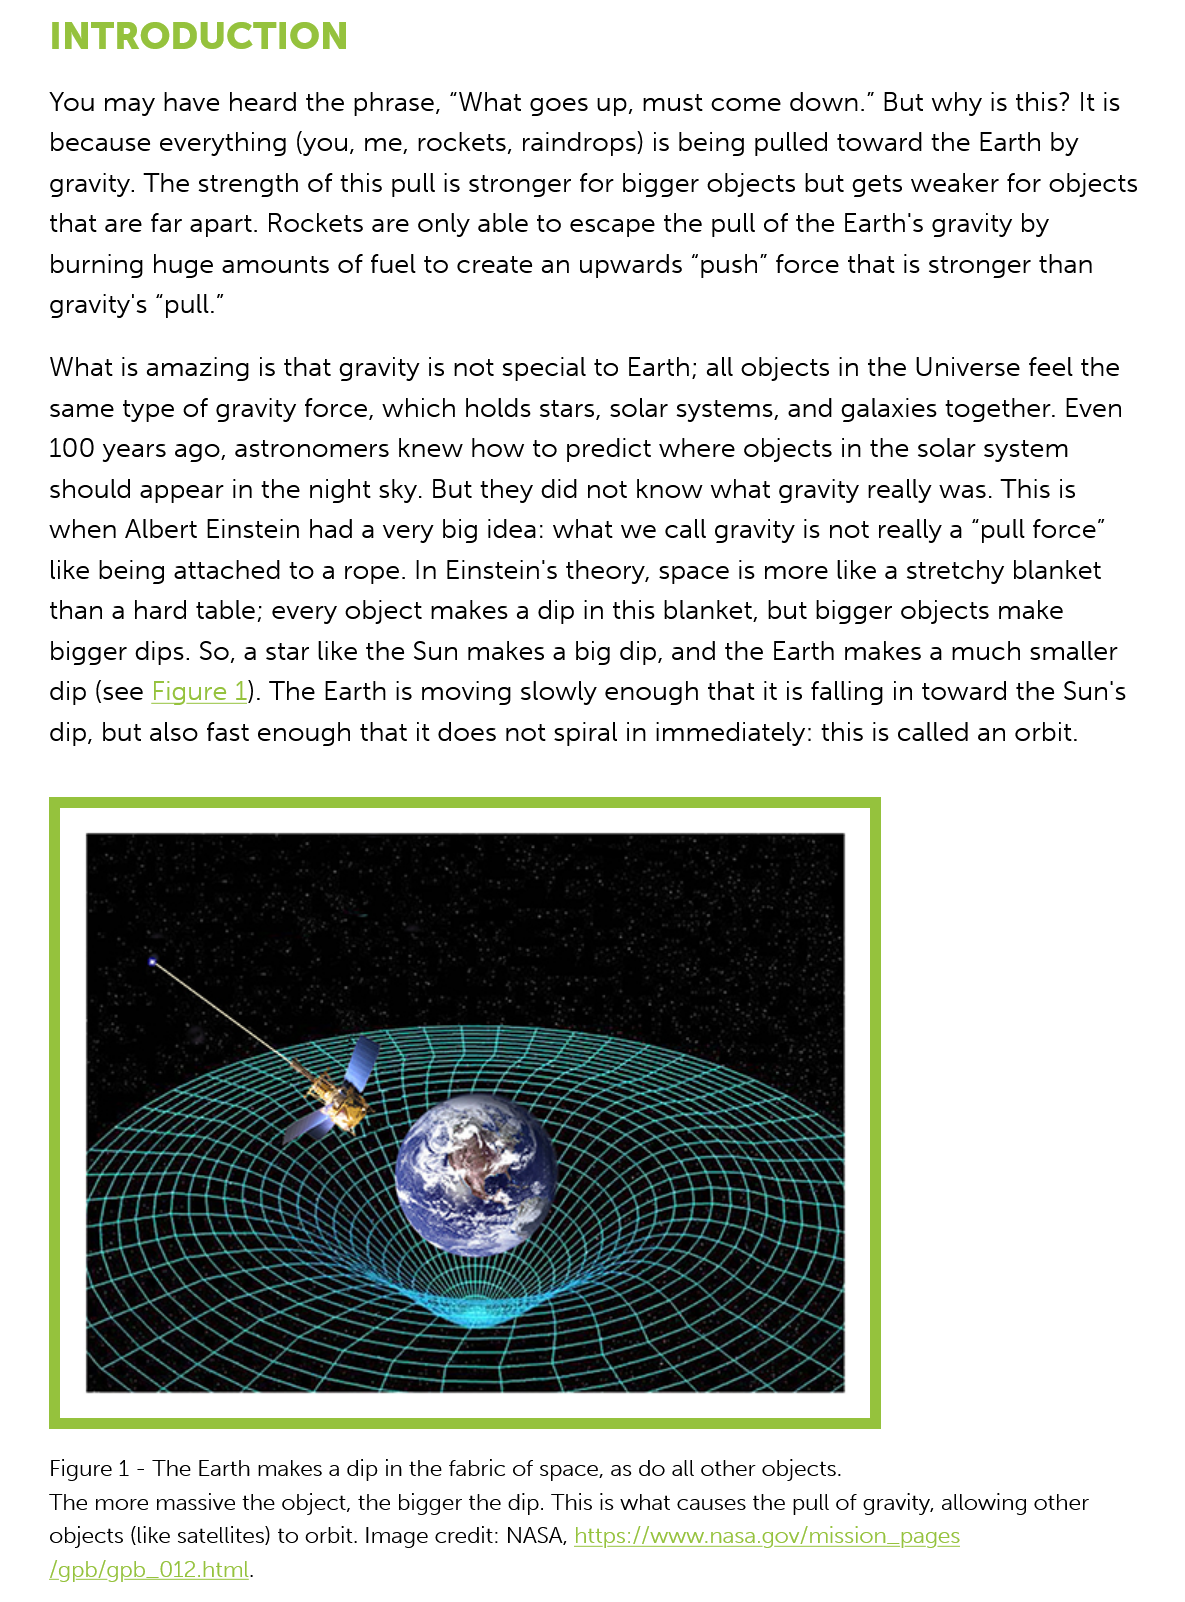
INTRODUCTION
     You may  have heard  the phrase, “What goes  up, must come   down.”  But why is this? It is
     because  everything (you, me, rockets, raindrops) is being pulled toward the Earth by
     gravity. The strength of this pull is stronger for bigger objects but gets weaker for objects
     that are far apart. Rockets are only able to escape the pull of the Earth's gravity by
     burning huge  amounts of  fuel to create an upwards  “push” force that is stronger than
     gravity's “pull.”
     What  is amazing is that gravity is not special to Earth; all objects in the Universe feel the
     same type  of gravity force, which holds stars, solar systems, and galaxies together. Even
     100 years ago, astronomers  knew   how to predict where  objects in the solar system
     should appear in the night sky. But they did not know what gravity really was. This is
     when Albert  Einstein had a very big idea: what we call gravity is not really a “pull force”
     like being attached to a rope. In Einstein's theory, space is more like a stretchy blanket
     than a hard table; every object makes a dip in this blanket, but bigger objects make
     bigger dips. So, a star like the Sun makes a big dip, and the Earth makes a much smaller
     dip (see Figure 1). The Earth is moving slowly enough that it is falling in toward the Sun's
     dip, but also fast enough that it does not spiral in immediately: this is called an orbit.
     Figure 1
     -
     The Earth makes a dip in the fabric of space, as do all other objects.
     The more massive the object, the bigger the dip. This is what causes the pull of gravity, allowing other
     objects (like satellites) to orbit. Image credit: NASA, https://www.nasa.gov/mission_pages
     /gpb/gpb_012.html.